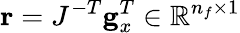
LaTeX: \mathbf{r}=J^{-T}\mathbf{g}_{x}^{T}\in\mathbb{R}^{n_{f}\times 1}